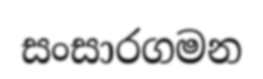
සංසාරගමන